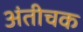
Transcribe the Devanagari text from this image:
अंतीचक